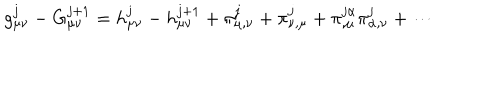
g _ { \mu \nu } ^ { j } - G _ { \mu \nu } ^ { j + 1 } = h _ { \mu \nu } ^ { j } - h _ { \mu \nu } ^ { j + 1 } + \pi _ { \mu , \nu } ^ { j } + \pi _ { \nu , \mu } ^ { j } + \pi _ { , \mu } ^ { j \alpha } \pi _ { \alpha , \nu } ^ { j } + \cdots